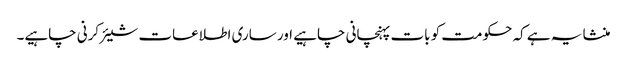
منشا یہ ہے کہ حکومت کو بات پہنچانی چاہیے اور ساری اطلاعات شیئر کرنی چاہیے۔